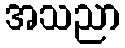
အသညာ